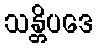
သန္တိပဒေ